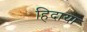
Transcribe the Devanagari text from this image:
हिदाया